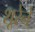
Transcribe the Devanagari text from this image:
शूरेने